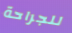
للجراحة